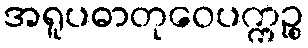
အရူပဓာတုဝေပက္ကဉ္စ